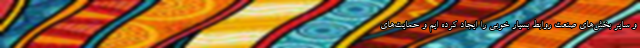
و سایر بخش‌های صنعت روابط بسیار خوبی را ایجاد کرده ایم و حمایت‌های